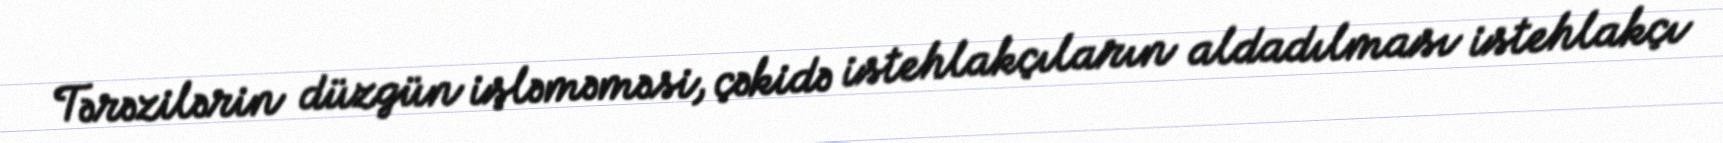
Tərəzilərin düzgün işləməməsi, çəkidə istehlakçıların aldadılması istehlakçı